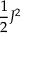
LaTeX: { \frac { 1 } { 2 } } J ^ { 2 }